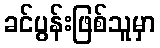
ခင်ပွန်းဖြစ်သူမှာ